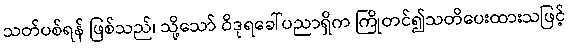
သတ်ပစ်ရန် ဖြစ်သည်၊ သို့သော် ဝိဒုရခေါ်ပညာရှိက ကြိုတင်၍သတိပေးထားသဖြင့်